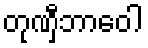
တုဏှီဘာဝေါ